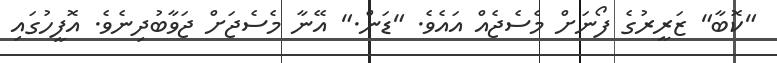
"ކޮބާ" ޒަރީރުގެ ފޯނަށް މެސެޖެއް އައެވެ. "ޑަން." އޭނާ މެސެޖަށް ޖަވާބުދިނެވެ. އޮފީހުގައި